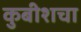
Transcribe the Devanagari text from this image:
कुबीशचा